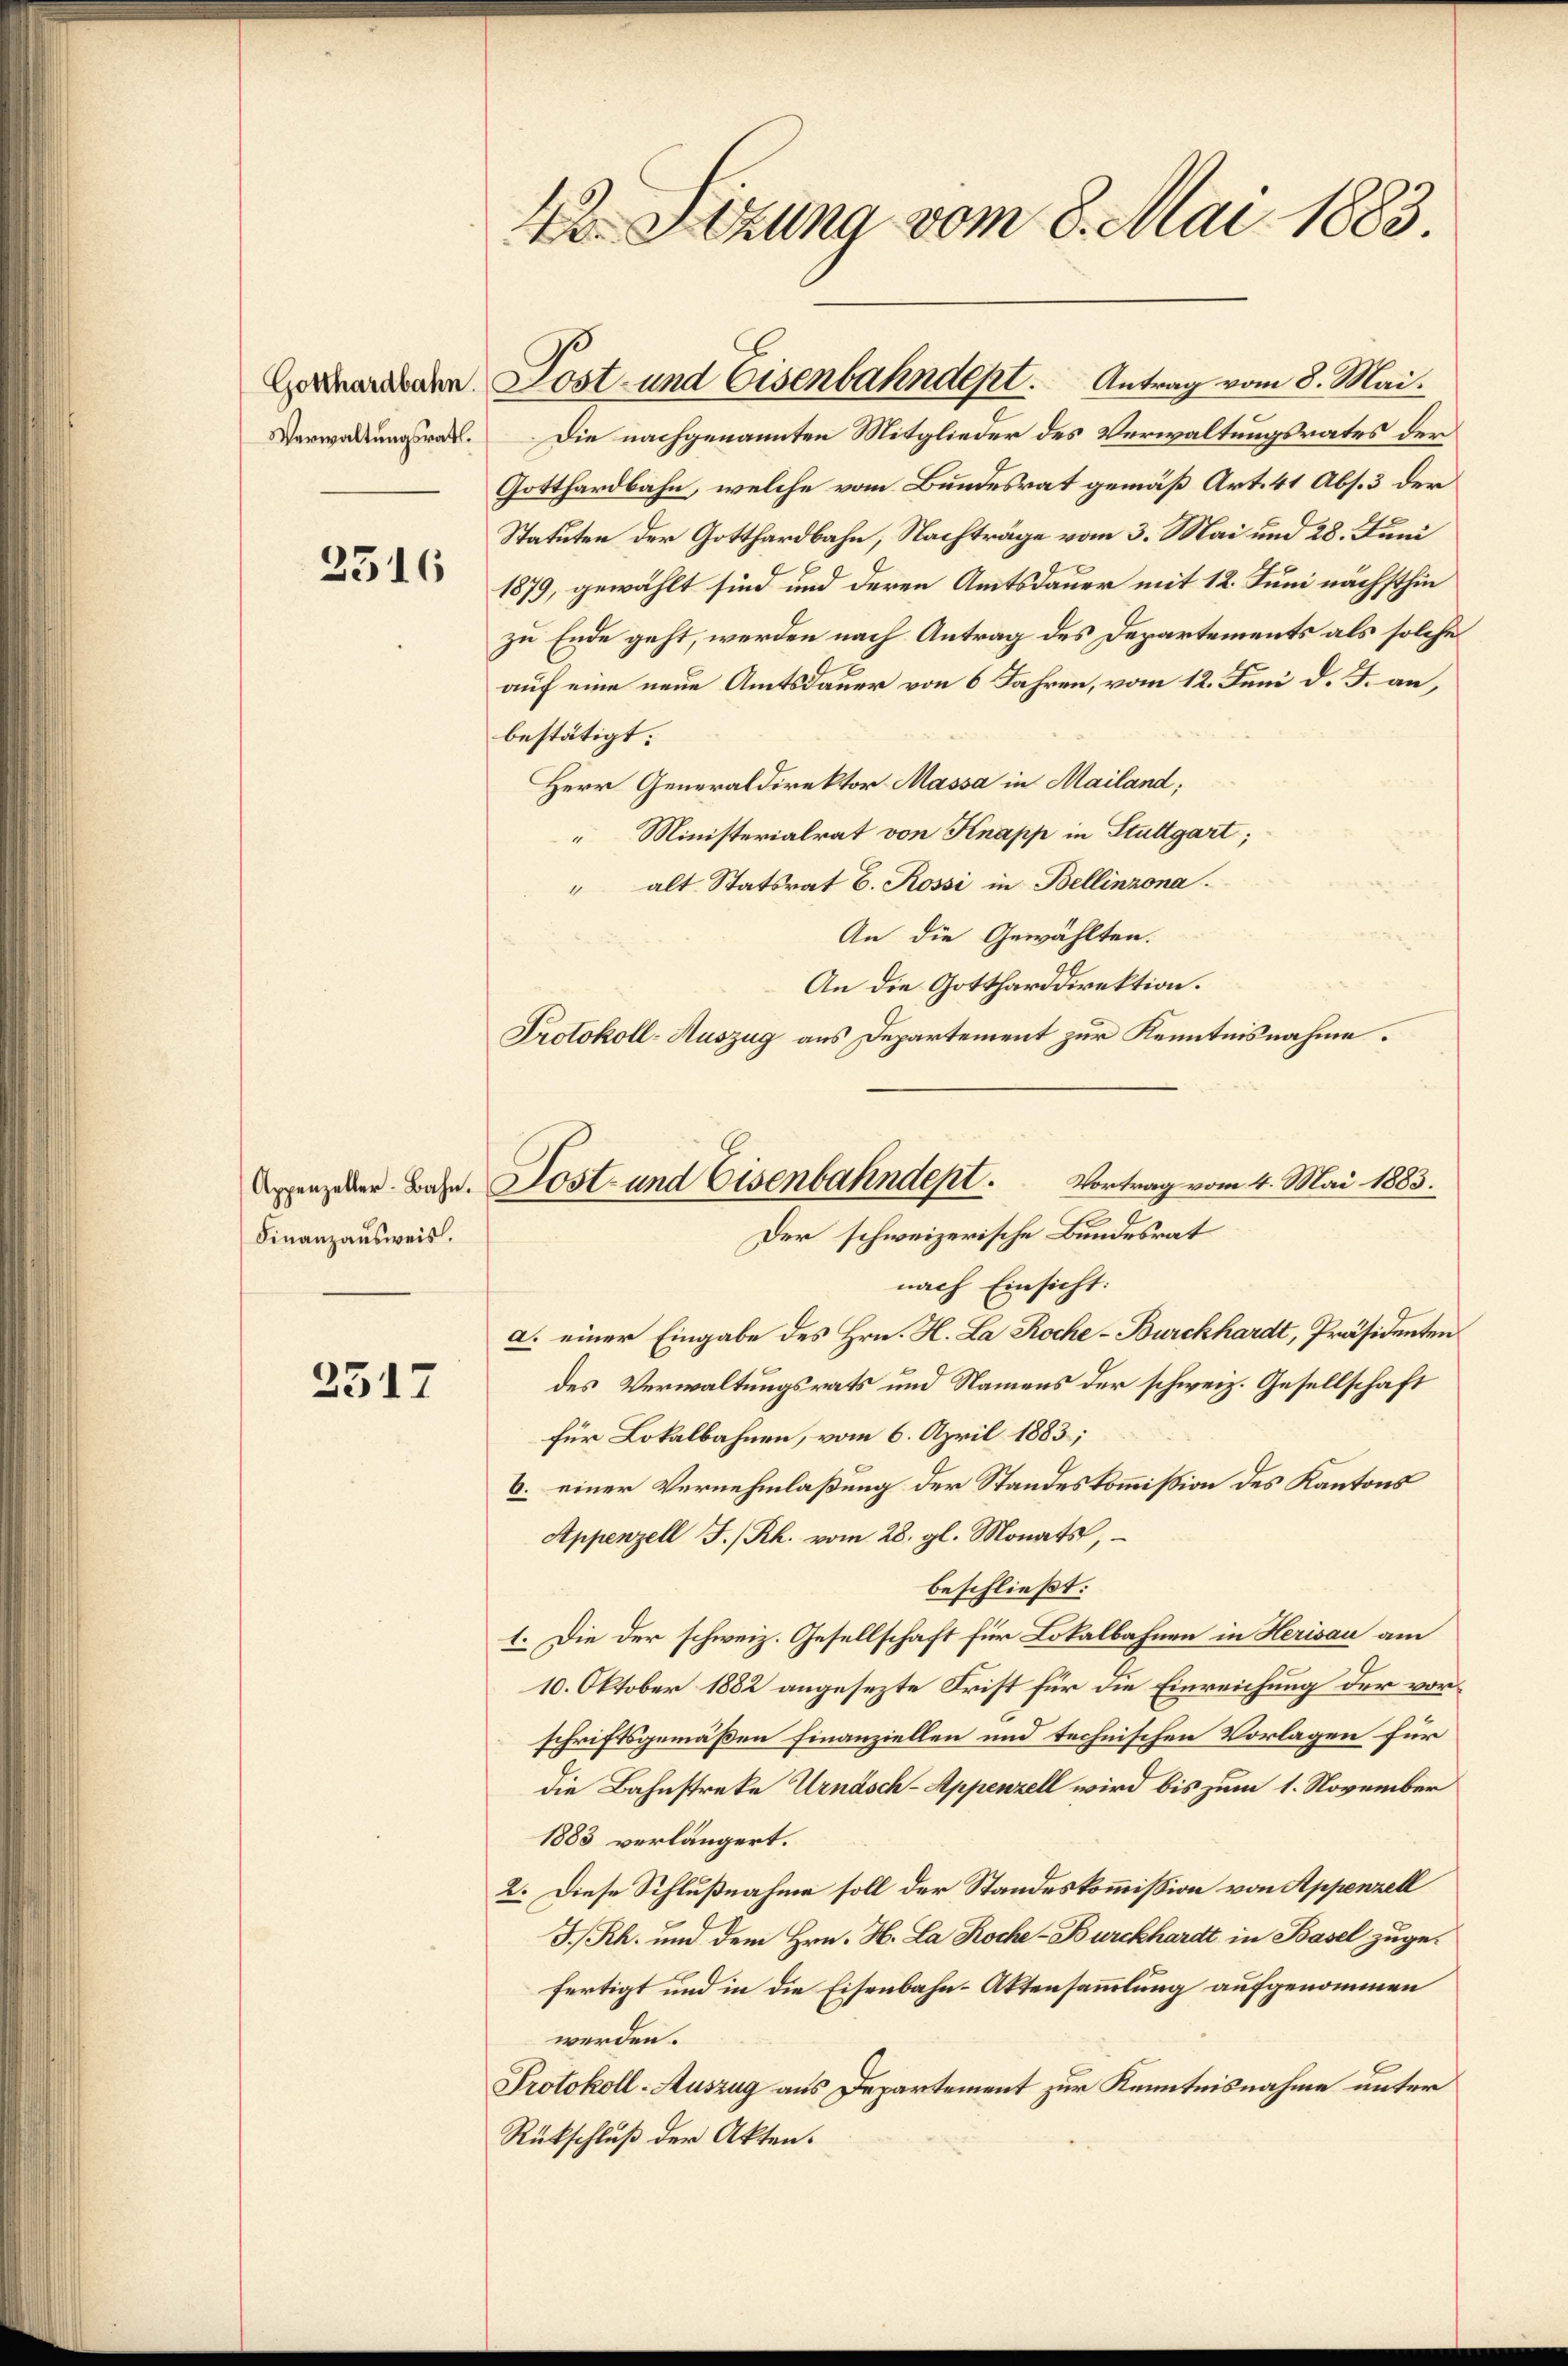
Verwaltungsrath.

2516

Appenzeller-Bahn.
Finanzausweis.

2517

42. Setzung vom 8. Mai 1883.

Die nachgenannten Mitglieder des Verwaltungsrates der
Gotthardbahn, welche vom Bundesrat gemäß Art. 41 Abs. 3 der
Statuten der Gotthardbahn, Nachträge vom 3. Mai und 28. Juni
1879, gewählt sind und deren Amtsdauer mit 12. Juni nächsthin
zu Ende geht, werden nach Antrag des Departements als solche
auf eine neue Amtsdauer von 6 Jahren, vom 12. Juni d. J. an,
bestätigt:
Herr Generaldirektor Massa in Mailand;
 Ministerialrat von Knapp in Stuttgart;
" alt Statsrat E. Rossi in Bellinzona.
An die Gewählten.
An die Gottharddirektion.
Protokoll-Auszug aus Departement zur Kenntnisnahme.

en Post- und Eisenbahndept. Antrag vom 8. Mai.

Sost- und Eisenbahndept. Vortrag vom 4. Mai 1883.
Der schweizerische Bundesrat
nach Einsicht.

a. einer Eingabe des Hrn. H. La Roche-Burckhardt, Präsidenten
des Verwaltungsrats und Namens der schweiz. Gesellschaft
für Lokalbahnen, vom 6. April 1883;
6. einer Vernehmlaßung der Standeskommißion des Kantons
Appenzell I/Rh. vom 28. gl. Monats,
beschließt:
1. Die der schweiz. Gesellschaft für Lokalbahnen in Herisau am
10. Oktober 1882 angesezte Frist für die Einreichung der vorschriftsgemäßen Finanziellen und technischen Vorlagen für
die Bahnstreke Urnasch-Appenzell wird bis zum 1. November
1883 verlängert.
2. Diese Schlußnahme soll der Standeskommission von Appenzell
I.Rh. und dem Hrn. H. La Roche-Burckhardt in Basel zugefertigt und in die Eisenbahn-Aktensammlung aufgenommen
werden.
Protokoll-Auszug aus Departement zur Kenntnisnahme unter
Rückschluß der Akten.